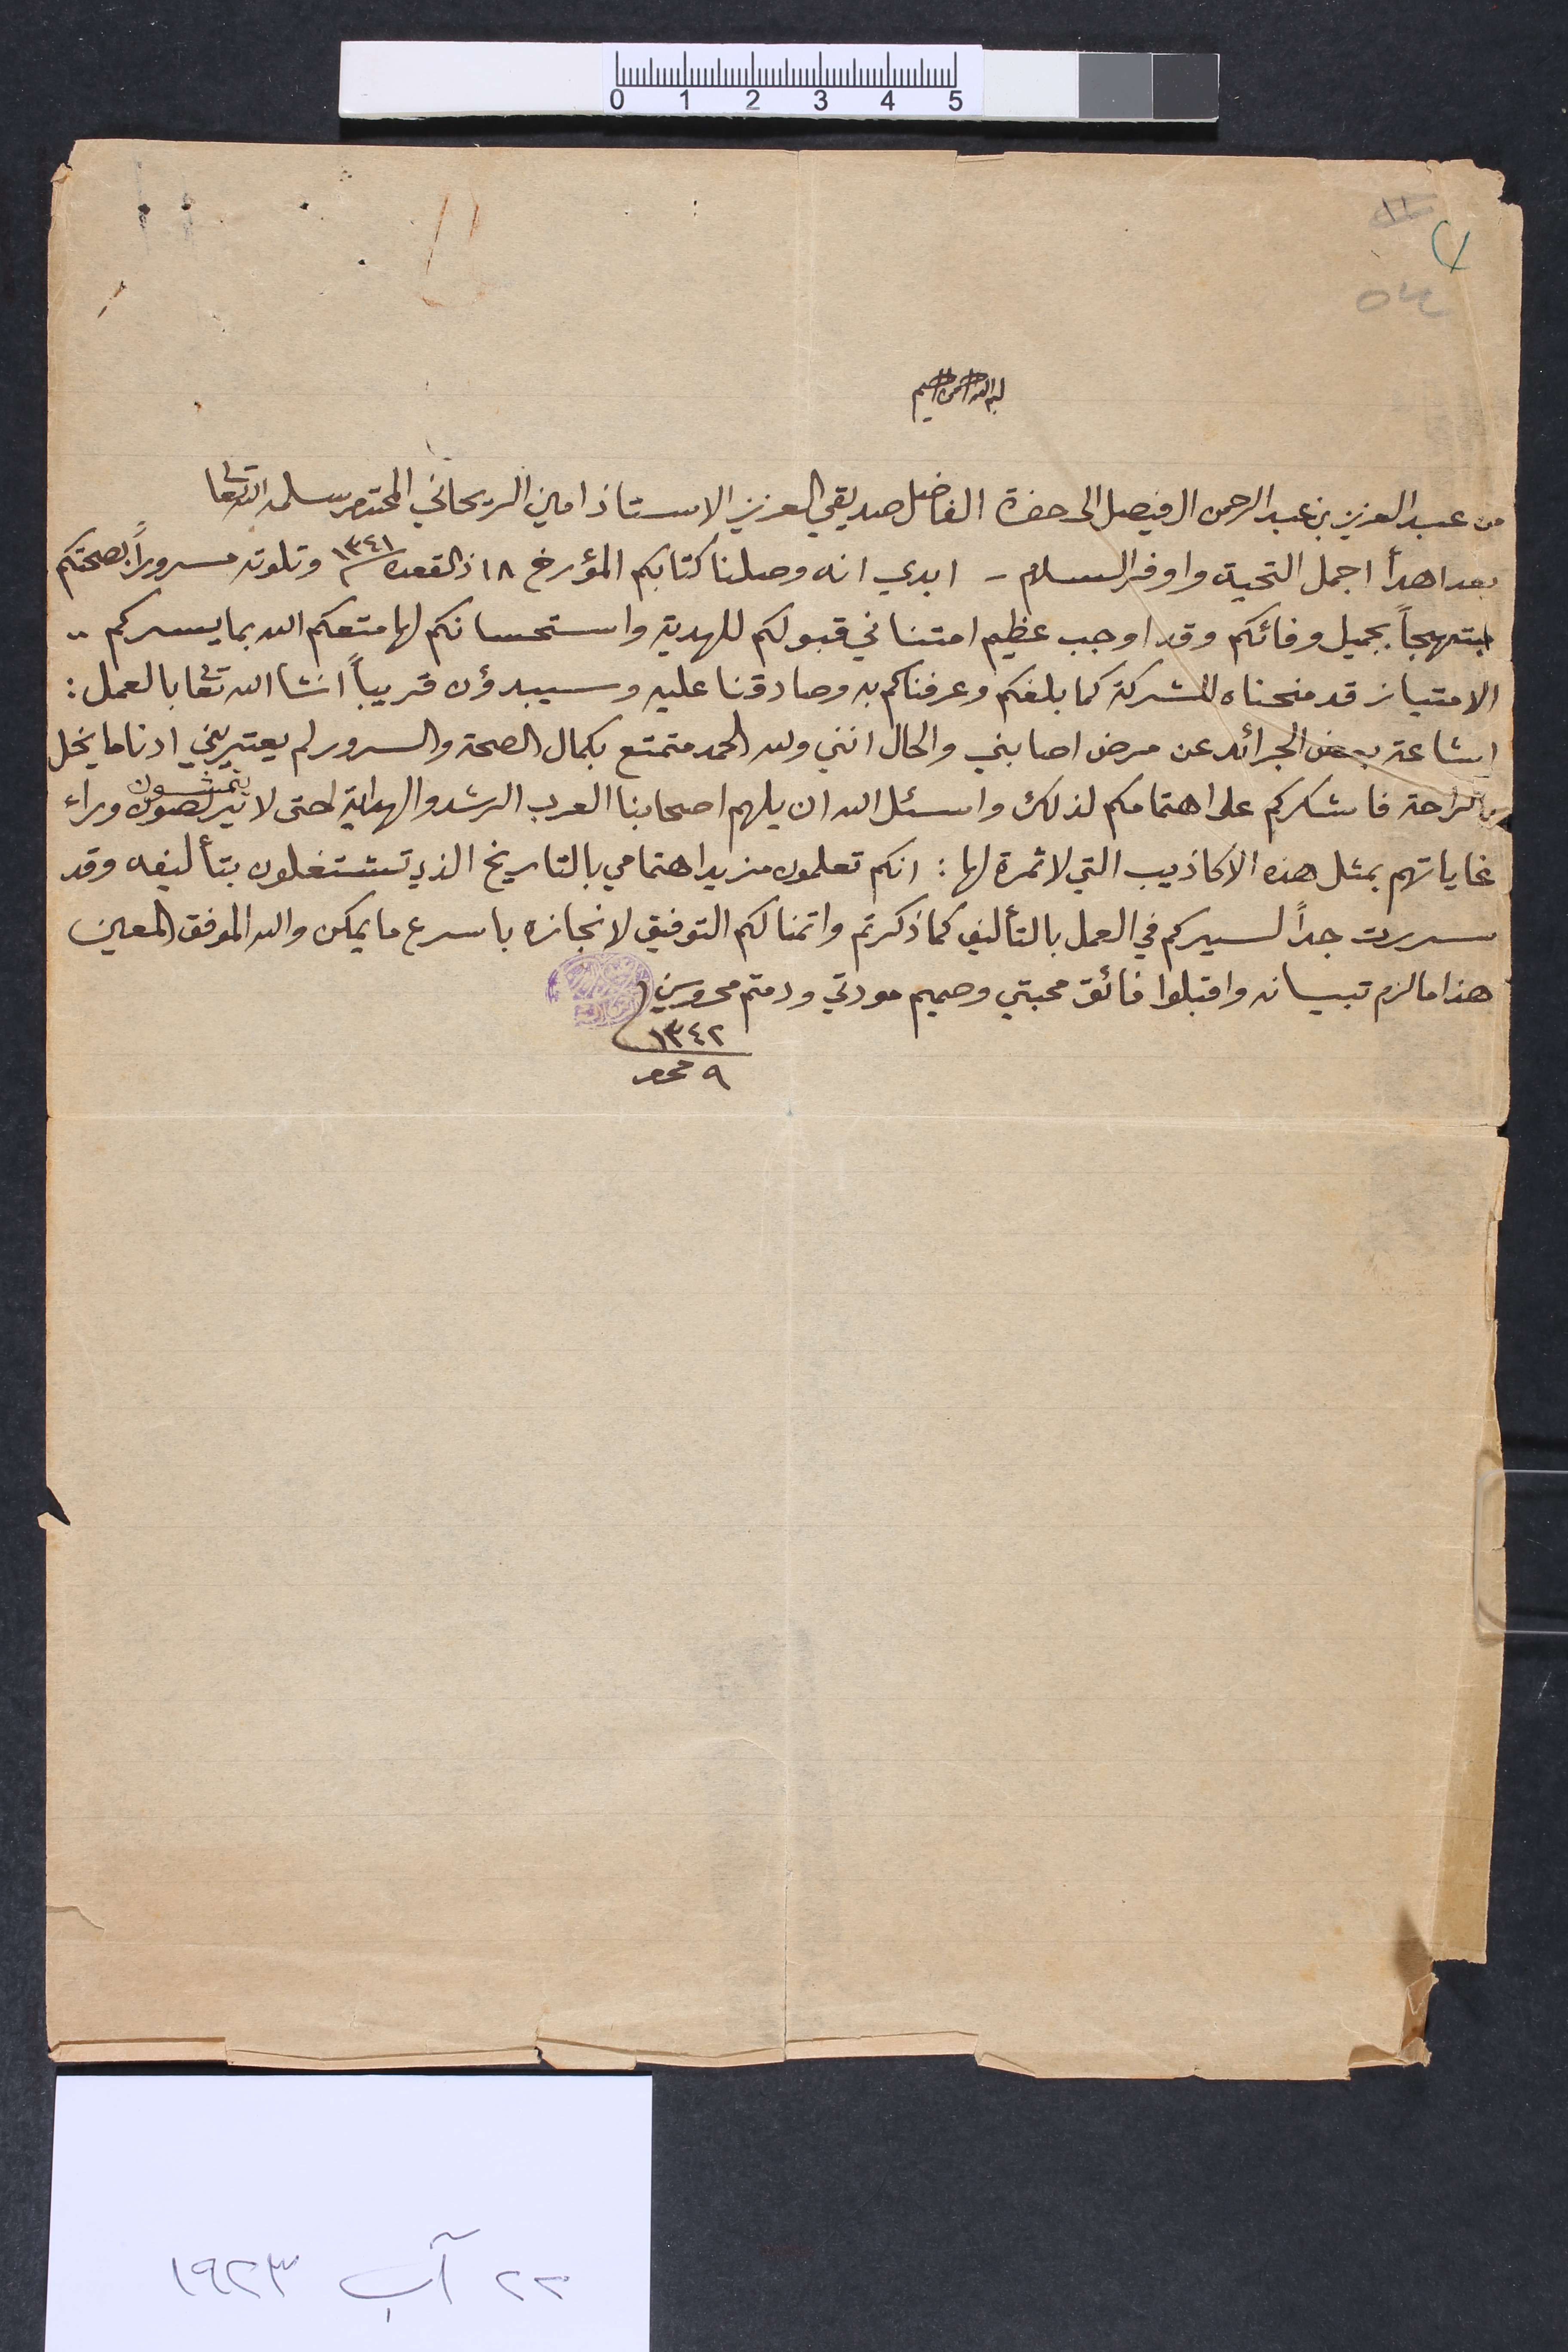
٥٤
بسم الله الرحمن الرحيم
من عبد العزيز بن عبد الرحمن ال فيصل الى حضرة الفاضل صديقي العزيز الاستاذ امين الريحاني المحترم سلمه الله تعالى
بعد اهدأ اجمل التحية واوفر السلام - ابدي انه وصلنا كتابكم المؤرخ ١٨ ذالقعده سنة ١٣٤١ وتلوته مسروراً بصحتكم
مبتهجاً بجميل وفائكم وقد اوجب عظيم امتناني قبولكم للهدية واستحسانكم لها متعكم الله بما يسركم.
الامتياز قد منحناه للشركة كما بلغكم وعرفناكم به وصادقنا عليه وسيبدؤن قريباً انشالله تعالى بالعمل:
اشاعة بعض الجرائد عن مرض اصابني والحال انني ولله الحمد متمتع بكمال الصحة والسرور لم يعتريني ادنا ما يخل
بالراحة فاشكركم على اهتمامكم لذلك واسئل الله ان يلهم اصحابنا العرب الرشد والهداية لحتى لا يتربصون يتمشون وراء
غاياتهم بمثل هذه الاكاذيب التي لا ثمرة لها : انكم تعلمون مزيد اهتمامي بالتاريخ الذي تشتغلون بتأليفه وقد
سررت جداً لسيركم في العمل بالتأليف كما ذكرتم واتمنا لكم التوفيق لانجازه باسرع ما يمكن والله الموفق المعين
هذا ما لزم تبيانه واقبلوا فائق محبتي وصميم مودتي ودمتم محروسين	١٣٤٢	٩ محرم
٢٢ آب ١٩٢٣